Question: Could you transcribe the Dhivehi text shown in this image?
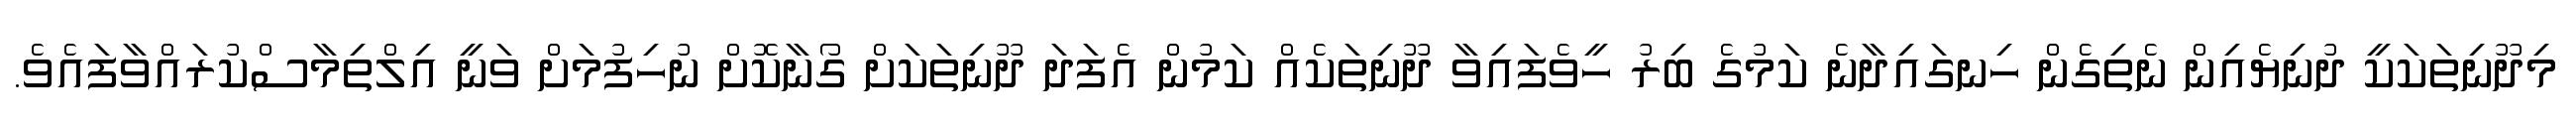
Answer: މިދޫނިތަކަކީ ދުނިޔެއިން ނެތިގެން ހިނގައިދާނެ ކަމުގެ ބިރު ހީވެފައިވާ ދޫނިތަކެއް ކަމުން އެފަދަ ދޫނިތަކަށް ގޯނާކޮށް ނުހިފުމަށް ވަނީ އިލްތިމާސްކުރައްވާފައެވެ.